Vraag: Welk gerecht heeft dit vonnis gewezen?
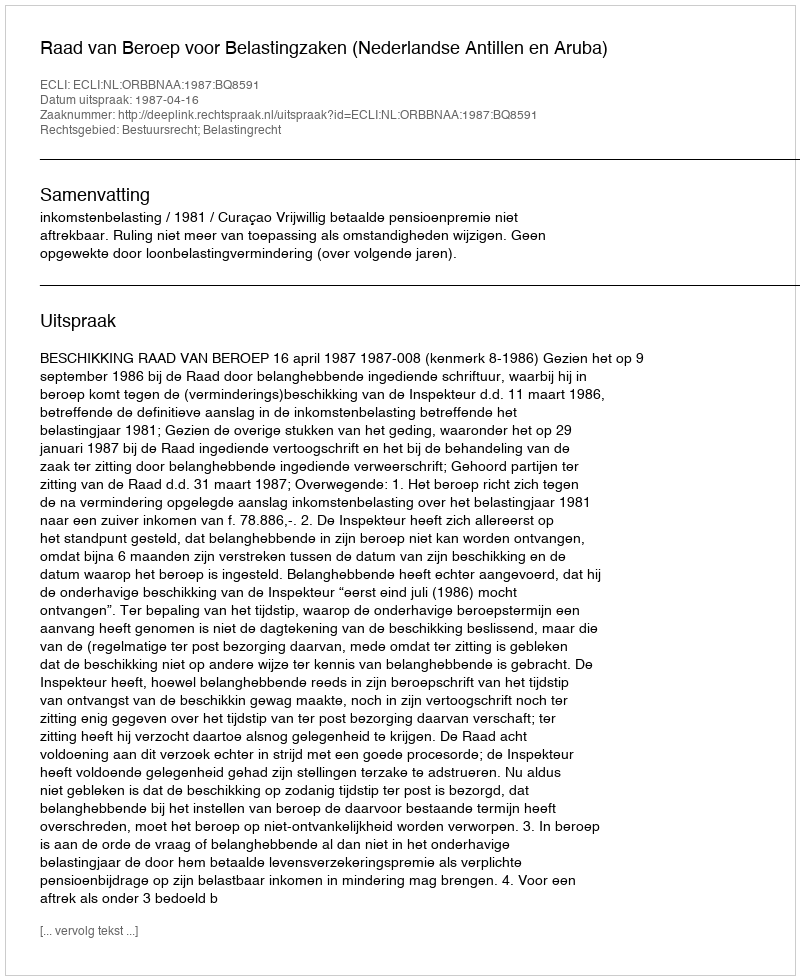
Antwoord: Raad van Beroep voor Belastingzaken (Nederlandse Antillen en Aruba)